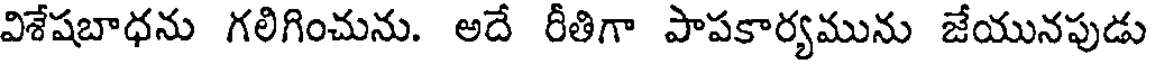
విశేషబాధను గలిగించును. అదే రీతిగా పాపకార్యమును జేయునపుడు